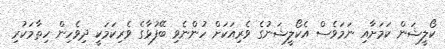
ކޯލީޝަން ކަމަށާއި ނަމަވެސް އެކޯލީޝަނުގެ ވެރިއަކަށް ހުންނެވި ބޭފުޅާގެ ވެރިކަމަކީ ދިވެހިން ހިތާމަކުރި